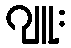
ဂျူး